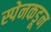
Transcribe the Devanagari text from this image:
स्पेनकडून